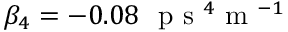
\beta _ { 4 } = - 0 . 0 8 ~ \mathrm { ~ p ~ s ~ } ^ { 4 } \mathrm { ~ m ~ } ^ { - 1 }